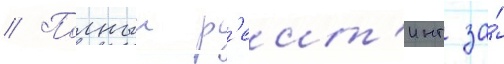
// Полныи р'еит'инг за́